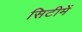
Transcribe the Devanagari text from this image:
सिटीमें